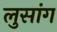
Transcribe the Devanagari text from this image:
लुसांग